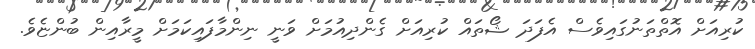
ކުރިއަށް އޮތްތަނުގައިވެސް އެފަދަ ޝޯތައް ކުރިއަށް ގެންދިއުމަށް ވަނީ ނިންމާފައިކަމަށް މީރާއިން ބުންޏެވެ.